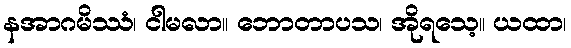
နအာဂမိဿံ၊ ငါမလာ။ ဘောတာပသ၊ အိုရသေ့။ ယထာ၊